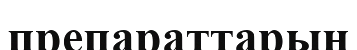
препараттарын